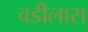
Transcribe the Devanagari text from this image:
वडीलास